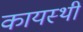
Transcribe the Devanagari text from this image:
कायस्थी